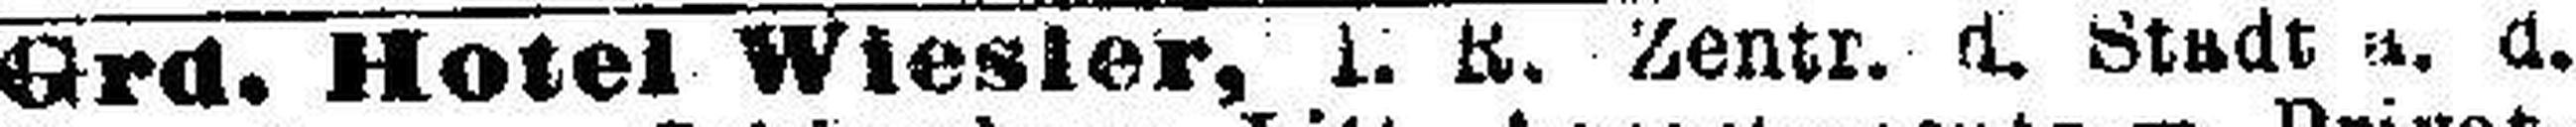
Grd. Hotel Wiesler, 1. R. Zentr. d. Stadt ###. d.